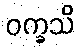
ဝက္ခသိ